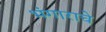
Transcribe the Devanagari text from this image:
भंगाराचे